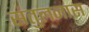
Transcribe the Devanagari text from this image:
संतुलनास